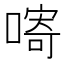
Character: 𱔓